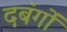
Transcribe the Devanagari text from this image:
दबंगों